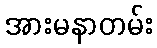
အားမနာတမ်း